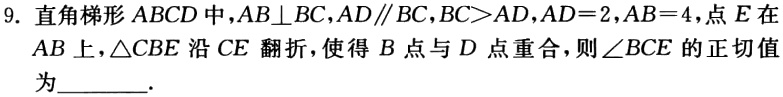
9. 直角梯形 \(ABCD\) 中，\(AB\perp BC\)，\(AD\parallel BC\)，\(BC > AD\)，\(AD = 2\)，\(AB = 4\)，点 \(E\) 在 \(AB\) 上，\(\triangle CBE\) 沿 \(CE\) 翻折，使得 \(B\) 点与 \(D\) 点重合，则 \(\angle BCE\) 的正切值为________.